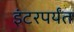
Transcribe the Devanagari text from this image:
इंटरपर्यंत